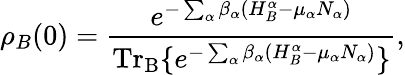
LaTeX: \rho_{B}(0)=\frac{e^{-\sum_{\alpha}\beta_{\alpha}(H_{B}^{\alpha}-\mu_{\alpha}N_{\alpha})}}{\mathrm{Tr}_{\mathrm{B}}\{ e^{-\sum_{\alpha}\beta_{\alpha}(H_{B}^{\alpha}-\mu_{\alpha}N_{\alpha})}\} },